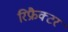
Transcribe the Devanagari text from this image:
रिफ्रैक्टर